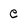
Character: e